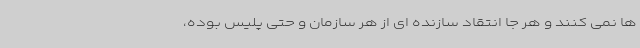
ها نمی کنند و هر جا انتقاد سازنده ای از هر سازمان و حتی پلیس بوده،